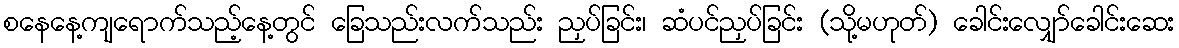
စနေနေ့ကျရောက်သည့်နေ့တွင် ခြေသည်းလက်သည်း ညှပ်ခြင်း၊ ဆံပင်ညှပ်ခြင်း (သို့မဟုတ်) ခေါင်းလျှော်ခေါင်းဆေး